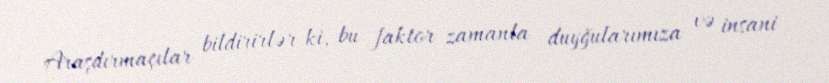
Araşdırmaçılar bildirirlər ki, bu faktor zamanla duyğularımıza və insani